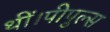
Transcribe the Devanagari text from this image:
थीं।पीपुल्स